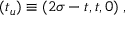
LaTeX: ( t _ { u } ) \equiv ( 2 \sigma - t , t , 0 ) \; ,